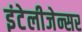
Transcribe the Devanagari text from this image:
इंटेलीजेन्सर